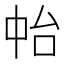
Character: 𠁯